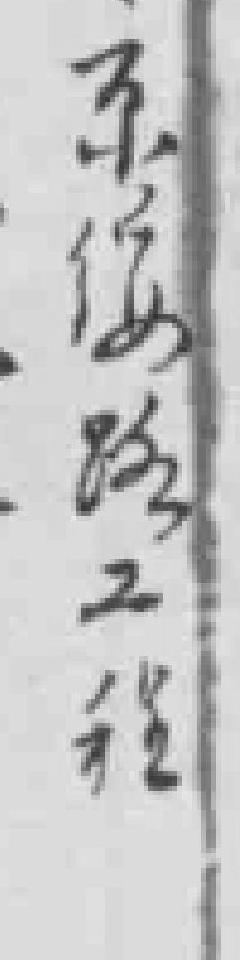
京绥路工程